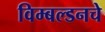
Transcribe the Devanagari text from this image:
विम्बल्डनचे